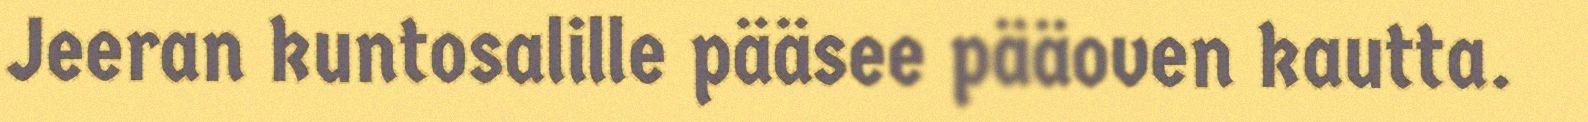
Jeeran kuntosalille pääsee pääoven kautta.